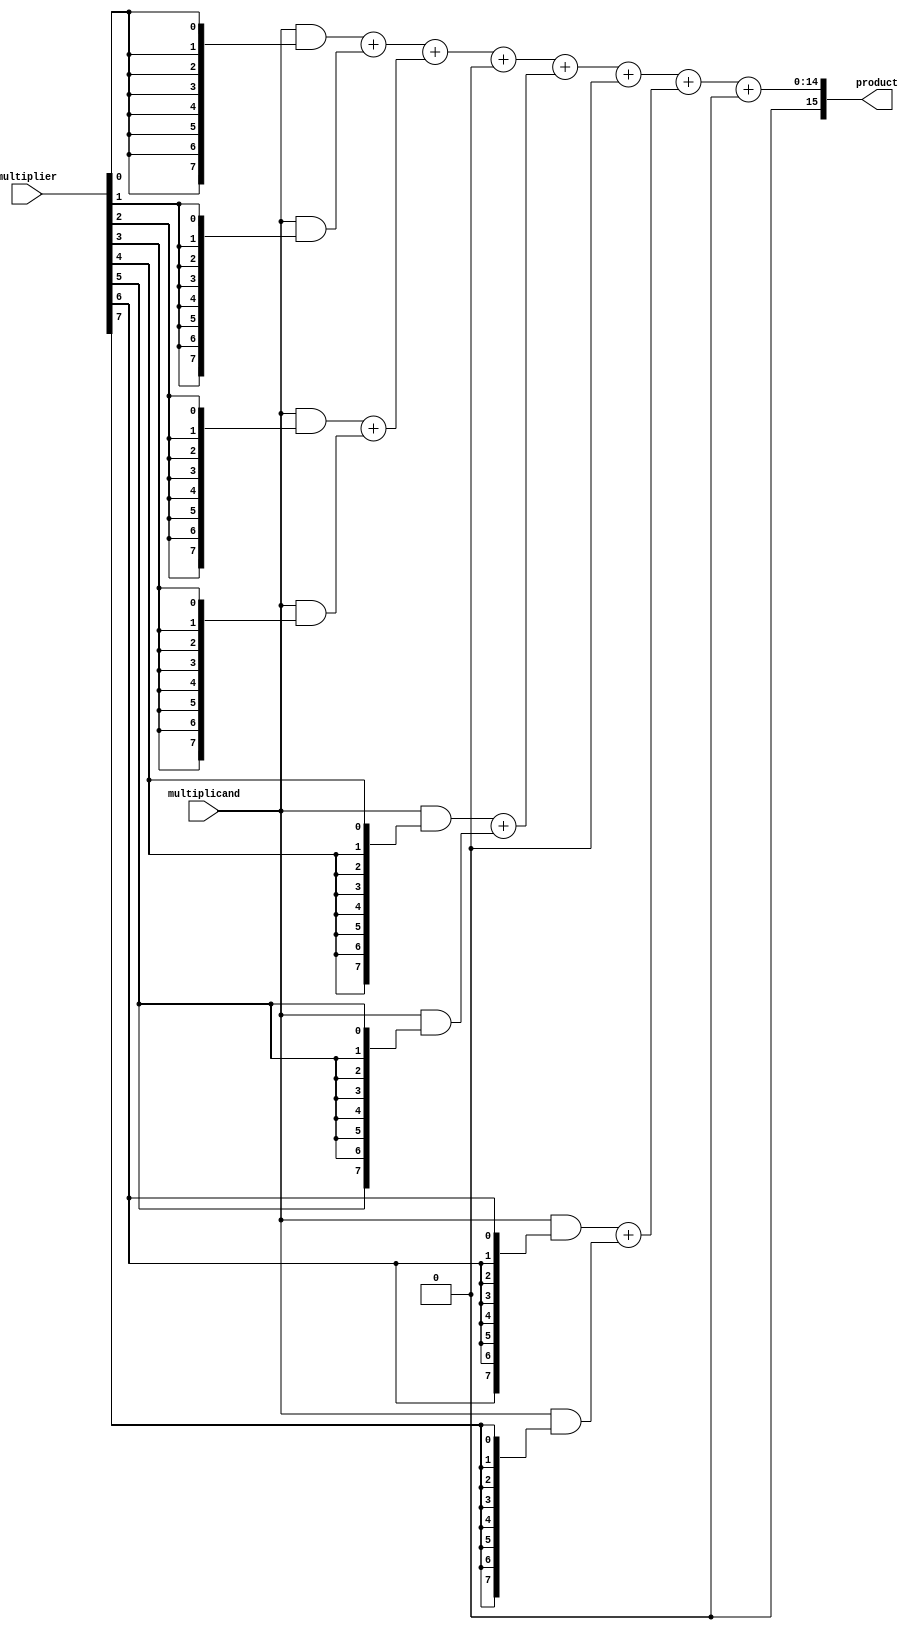
module dadda_multiplier(
    input [7:0] multiplicand,
    input [7:0] multiplier,
    output reg [15:0] product
);
    wire [7:0] pp [7:0]; // Partial products
    wire [15:0] sum_stage1[3:0]; // Sums after stage 1
    wire [15:0] sum_stage2; // Final sum after stage 2
    wire [15:0] carry_stage1[3:0]; // Carries after stage 1

    // Generate Partial Products
    genvar i;
    generate
        for (i = 0; i < 8; i = i + 1) begin : partial_product_gen
            assign pp[i] = multiplicand & {8{multiplier[i]}};
        end
    endgenerate

    // Stage 1 Reduction
    // Using half adders and full adders as per Dadda's algorithm
    // Example for 8 partial products reduction, adjust for your needs
    assign {carry_stage1[0], sum_stage1[0]} = pp[0] + pp[1];
    assign {carry_stage1[1], sum_stage1[1]} = pp[2] + pp[3];
    assign {carry_stage1[2], sum_stage1[2]} = pp[4] + pp[5];
    assign {carry_stage1[3], sum_stage1[3]} = pp[6] + pp[7];

    // Stage 2 Reduction
    // Here we would typically have a tree structure
    // Adjust the connections based on the Dadda algorithm
    assign sum_stage2 = sum_stage1[0] + sum_stage1[1] + carry_stage1[0] +
                        sum_stage1[2] + carry_stage1[1] +
                        sum_stage1[3] + carry_stage1[2];

    // Final product assignment
    always @(*) begin
        product = sum_stage2; // Final product as a combination of sums
    end

endmodule